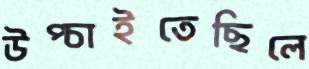
উপ্‌চাইতেছিলে